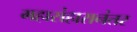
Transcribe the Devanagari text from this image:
महासंहारानंतर